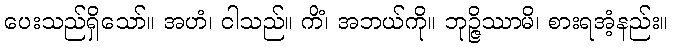
ပေးသည်ရှိသော်။ အဟံ၊ ငါသည်။ ကိံ၊ အဘယ်ကို။ ဘုဉ္ဇိဿာမိ၊ စားရအံ့နည်း။